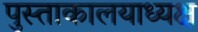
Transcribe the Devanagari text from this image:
पुस्ताकालयाध्यक्ष